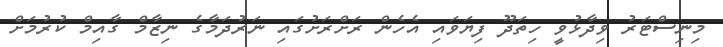
މިނިސްޓަރު ވިދާޅުވީ ހިތަދޫ ފިޔަވައި އެހެން ރަށްރަށުގައި ނަރުދަމާގެ ނިޒާމް ގާއިމް ކުރުމަށް